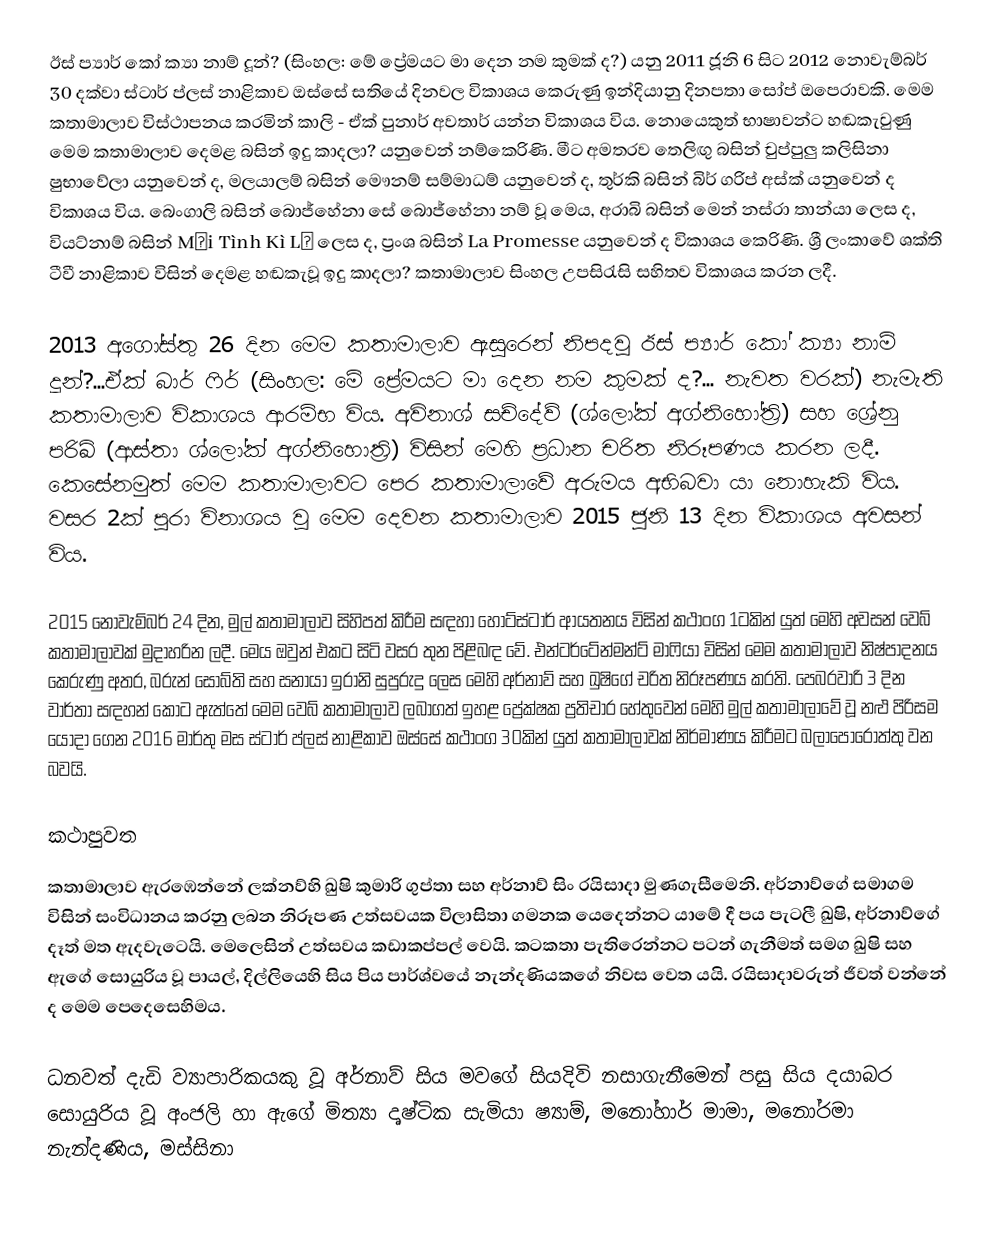
ඊස් ප්‍යාර් කෝ ක්‍යා නාම් දූන්? (සිංහල: මේ ප්‍රේමයට මා දෙන නම කුමක් ද?) යනු 2011 ජූනි 6 සිට 2012 නොවැම්බර් 30 දක්වා ස්ටාර් ප්ලස් නාළිකාව ඔස්සේ සතියේ දිනවල විකාශය කෙරුණු ඉන්දියානු දිනපතා සෝප් ඔපෙරාවකි. මෙම කතාමාලාව විස්ථාපනය කරමින් කාලි - ඒක් පුනාර් අවතාර් යන්න විකාශය විය. නොයෙකුත් භාෂාවන්ට හඬකැවුණු මෙම කතාමාලාව දෙමළ බසින් ඉදු කාදලා? යනුවෙන් නම්කෙරිණි. මීට අමතරව තෙලිඟු බසින් චුප්පුලු කලිසිනා ෂුභාවේලා යනුවෙන් ද, මලයාලම් බසින් මෞනම් සම්මාධම් යනුවෙන් ද, තුර්කි බසින් බිර් ගරිප් අස්ක් යනුවෙන් ද විකාශය විය. බෙංගාලි බසින් බොජ්හේනා සේ බොජ්හේනා නම් වූ මෙය, අරාබි බසින් මෙන් නස්රා තාන්යා ලෙස ද, වියට්නාම් බසින් Mối Tình Kì Lạ ලෙස ද, ප්‍රංශ බසින් La Promesse යනුවෙන් ද විකාශය කෙරිණි. ශ්‍රී ලංකාවේ ශක්ති ටීවී නාළිකාව විසින් දෙමළ හඬකැවූ ඉදු කාදලා? කතාමාලාව සිංහල උපසිරැසි සහිතව විකාශය කරන ලදී‍.

2013 අගෝස්තු 26 දින මෙම කතාමාලාව ඇසුරෙන් නිපදවූ ඊස් ප්‍යාර් කෝ ක්‍යා නාම් දූන්?...ඒක් බාර් ෆිර් (සිංහල: මේ ප්‍රේමයට මා දෙන නම කුමක් ද?... නැවත වරක්) නැමැති කතාමාලාව විකාශය ආරම්භ විය. අවිනාශ් සච්දේව් (ශ්ලෝක් අග්නිහෝත්‍රි) සහ ශ්‍රේනු පරිඛ් (ආස්තා ශ්ලෝක් අග්නිහොත්‍රි) විසින් මෙහි ප්‍රධාන චරිත නිරූපණය කරන ලදී. කෙසේනමුත් මෙම කතාමාලාවට පෙර කතාමාලාවේ අරුමය අභිබවා යා නොහැකි විය. වසර 2ක් පුරා විනාශය වූ මෙම දෙවන කතාමාලාව 2015 ජූනි 13 දින විකාශය අවසන් විය.

2015 නොවැම්බර් 24 දින, මුල් කතාමාලාව සිහිපත් කිරීම සඳහා හොට්ස්ටාර් ආයතනය විසින් කථාංග 1ටකින් යුත් මෙහි අවසන් වෙබ් කතාමාලාවක් මුදාහරින ලදී. මෙය ඔවුන් එකට සිටි වසර තුන පිළිබඳ වේ. එන්ටර්ටේන්මන්ට් මාෆියා විසින් මෙම කතාමාලාව නිෂ්පාදනය කෙරුණු අතර, බරුන් සොබ්ති සහ සනායා ඉරානි සුපුරුදු ලෙස මෙහි අර්නාව් සහ ඛුෂිගේ චරිත නිරූපණය කරති. පෙබරවාරි 3 දින වාර්තා සඳහන් කොට ඇත්තේ මෙම වෙබ් කතාමාලාව ලබාගත් ඉහළ ප්‍රේක්ෂක ප්‍රතිචාර හේතුවෙන් මෙහි මුල් කතාමාලාවේ වූ නළු පිරිසම යොදා ගෙන 2016 මාර්තු මස ස්ටාර් ප්ලස් නාළිකාව ඔස්සේ කථාංග 30කින් යුත් කතාමාලාවක් නිර්මාණය කිරීමට බලාපොරොත්තු වන බවයි.

කථාපුවත
කතාමාලාව ඇරඹෙන්නේ ලක්නව්හි ඛුෂි කුමාරි ගුප්තා සහ අර්නාව් සිං රයිසාදා මුණගැසීමෙනි. අර්නාව්ගේ සමාගම විසින් සංවිධානය කරනු ලබන නිරූපණ උත්සවයක විලාසිතා ගමනක යෙදෙන්නට යාමේ දී පය පැටලී ඛුෂි, අර්නාව්ගේ දෑත් මත ඇදවැටෙයි. මෙලෙසින් උත්සවය කඩාකප්පල් වෙයි. කටකතා පැතිරෙන්නට පටන් ගැනීමත් සමග ඛුෂි සහ ඇගේ සොයුරිය වූ පායල්, දිල්ලියෙහි සිය පිය පාර්ශ්වයේ නැන්දණියකගේ නිවස වෙත යයි. රයිසාදාවරුන් ජීවත් වන්නේ ද මෙම පෙදෙසෙහිමය.

ධනවත් දැඩි ව්‍යාපාරිකයකු වූ අර්නාව් සිය මවගේ සියදිවි නසාගැනීමෙන් පසු සිය දයාබර සොයුරිය වූ අංජලි හා ඇගේ මිත්‍යා දෘෂ්ටික සැමියා ෂ්‍යාම්, මනෝහාර් මාමා, මනෝරමා නැන්දණිය, මස්සිනා